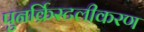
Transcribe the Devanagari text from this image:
पुनर्क्रिस्टलीकरण